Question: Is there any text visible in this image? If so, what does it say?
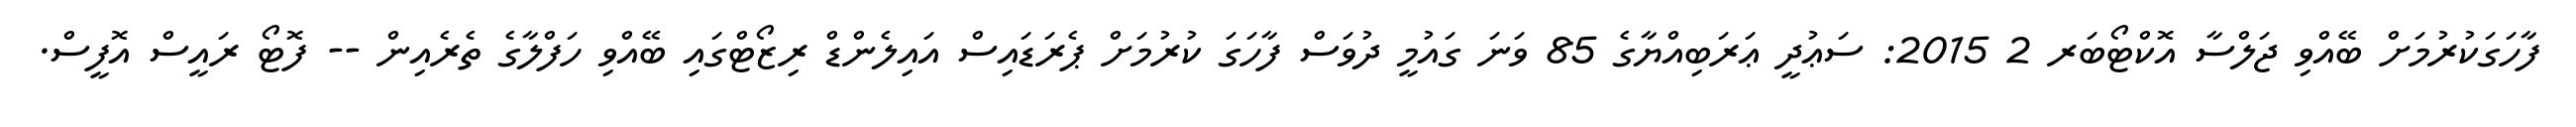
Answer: ފާހަގަކުރުމަށް ބޭއްވި ޖަލްސާ އޮކްޓޯބަރ 2 2015: ސަޢުދީ ޢަރަބިއްޔާގެ 85 ވަނަ ގައުމީ ދުވަސް ފާހަގަ ކުރުމަށް ޕެރަޑައިސް އައިލެންޑް ރިޒޯޓްގައި ބޭއްވި ހަފްލާގެ ތެރެއިން -- ފޮޓޯ ރައީސް އޮފީސް.